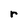
Character: r